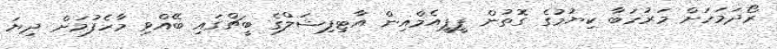
ރޯދަމަހަށް މަރުހަބާ ކިޔުމުގެ ގޮތުން ޕީޕީއެމްއިން އާޓިފިޝަލްގެ ބީޗްގައި ބޭއްވި މާހެފުމަށް ދިޔަ